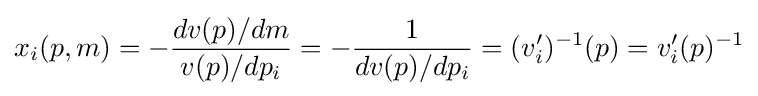
x_{i}(p,m)=-{\frac {dv(p)/dm}{v(p)/dp_{i}}}=-{\frac {1}{dv(p)/dp_{i}}}=(v_{i}')^{-1}(p)=v_{i}'(p)^{-1}